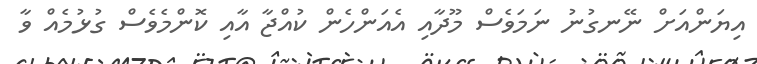
އިޔަންއަށް ނޭނގުނު ނަމަވެސް މޫދާއި އެއަންހެން ކުއްޖާ އާއި ކޮންމެވެސް ގުޅުމެއް ވާ